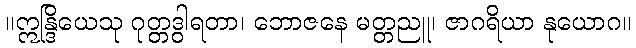
။ဣန္ဒြိယေသု ဂုတ္တဒွါရတာ၊ ဘောဇနေ မတ္တညူ၊ ဇာဂရိယာ နုယောဂ။